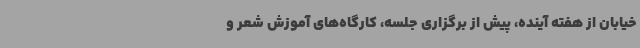
خیابان از هفته آینده، پیش از برگزاری جلسه، کارگاه‌های آموزش شعر و